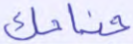
جناحك